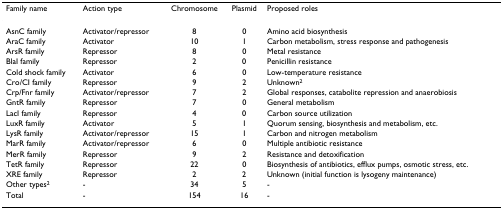
<table><thead><tr><td><b>Family name</b></td><td><b>Action type</b></td><td><b>Chromosome</b></td><td><b>Plasmid</b></td><td><b>Proposed roles</b></td></tr></thead><tbody><tr><td>AsnC family</td><td>Activator/repressor</td><td>8</td><td>0</td><td>Amino acid biosynthesis</td></tr><tr><td>AraC family</td><td>Activator</td><td>10</td><td>1</td><td>Carbon metabolism, stress response and pathogenesis</td></tr><tr><td>ArsR family</td><td>Repressor</td><td>8</td><td>0</td><td>Metal resistance</td></tr><tr><td>BlaI family</td><td>Repressor</td><td>2</td><td>0</td><td>Penicillin resistance</td></tr><tr><td>Cold shock family</td><td>Activator</td><td>6</td><td>0</td><td>Low-temperature resistance</td></tr><tr><td>Cro/CI family</td><td>Repressor</td><td>9</td><td>2</td><td>Unknown<sup>2</sup></td></tr><tr><td>Crp/Fnr family</td><td>Activator/repressor</td><td>7</td><td>2</td><td>Global responses, catabolite repression and anaerobiosis</td></tr><tr><td>GntR family</td><td>Repressor</td><td>7</td><td>0</td><td>General metabolism</td></tr><tr><td>LacI family</td><td>Repressor</td><td>4</td><td>0</td><td>Carbon source utilization</td></tr><tr><td>LuxR family</td><td>Activator</td><td>5</td><td>1</td><td>Quorum sensing, biosynthesis and metabolism, etc.</td></tr><tr><td>LysR family</td><td>Activator/repressor</td><td>15</td><td>1</td><td>Carbon and nitrogen metabolism</td></tr><tr><td>MarR family</td><td>Activator/repressor</td><td>6</td><td>0</td><td>Multiple antibiotic resistance</td></tr><tr><td>MerR family</td><td>Repressor</td><td>9</td><td>2</td><td>Resistance and detoxification</td></tr><tr><td>TetR family</td><td>Repressor</td><td>22</td><td>0</td><td>Biosynthesis of antibiotics, efflux pumps, osmotic stress, etc.</td></tr><tr><td>XRE family</td><td>Repressor</td><td>2</td><td>2</td><td>Unknown (initial function is lysogeny maintenance)</td></tr><tr><td>Other types<sup>2</sup></td><td>-</td><td>34</td><td>5</td><td>-</td></tr><tr><td>Total</td><td>-</td><td>154</td><td>16</td><td>-</td></tr></tbody></table>